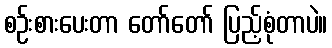
စဉ်းစားပေးတာ တော်တော် ပြည့်စုံတာပဲ။